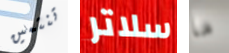
تنتمين سلاتر ما